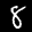
Label: 8